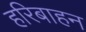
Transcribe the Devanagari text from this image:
हरिबाहन